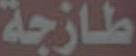
طازجة